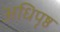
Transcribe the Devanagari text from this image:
अधिपृष्ठ